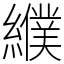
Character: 纀